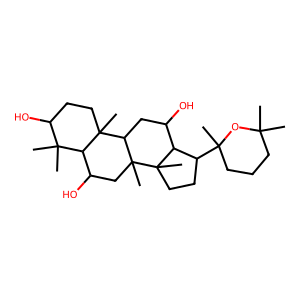
SMILES: CC1(C)CCCC(C)(C2CCC3(C)C2C(O)CC2C4(C)CCC(O)C(C)(C)C4C(O)CC23C)O1
Inhibits HIV replication: No